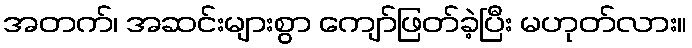
အတက်၊ အဆင်းများစွာ ကျော်ဖြတ်ခဲ့ပြီး မဟုတ်လား။